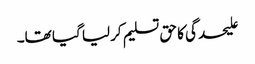
علیحدگی کا حق تسلیم کرلیا گیا تھا۔